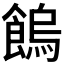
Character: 𩝷